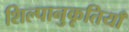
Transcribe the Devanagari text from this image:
शिल्पानुकृतियाँ